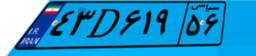
۴۳D۶۱۹۵۶